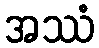
အဿံ